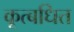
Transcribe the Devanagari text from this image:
कूत्बधित